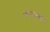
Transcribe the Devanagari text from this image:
चन्दनवन